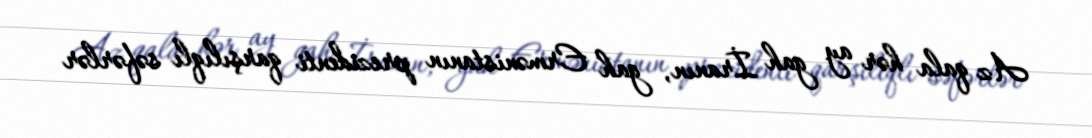
Az qala hər ay gah İranın, gah Ermənistanın prezidenti qarşılıqlı səfərlər